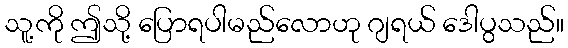
သူ့ကို ဤသို့ ပြောရပါမည်လောဟု ဂျရယ် ဒေါပွသည်။